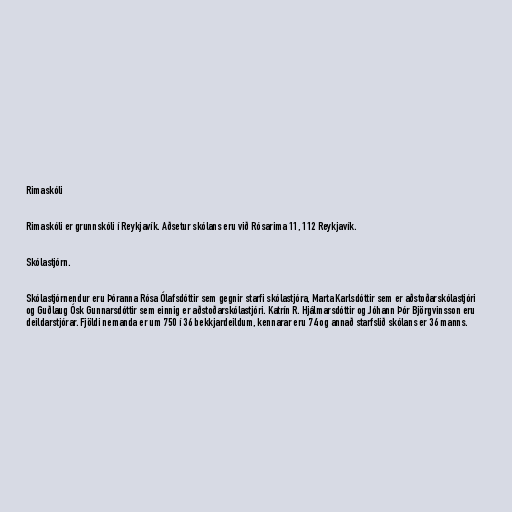
Rimaskóli

Rimaskóli er grunnskóli í Reykjavík. Aðsetur skólans eru við Rósarima 11, 112 Reykjavík.

Skólastjórn.

Skólastjórnendur eru Þóranna Rósa Ólafsdóttir sem gegnir starfi skólastjóra, Marta Karlsdóttir sem er aðstoðarskólastjóri
og Guðlaug Ósk Gunnarsdóttir sem einnig er aðstoðarskólastjóri. Katrín R. Hjálmarsdóttir og Jóhann Þór Björgvinsson eru
deildarstjórar. Fjöldi nemanda er um 750 í 36 bekkjardeildum, kennarar eru 74 og annað starfslið skólans er 36 manns.